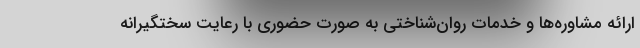
ارائه مشاوره‌ها و خدمات روان‌شناختی به صورت حضوري با رعایت سختگیرانه